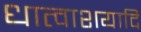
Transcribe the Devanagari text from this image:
धात्वाशयादि